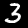
Label: 3